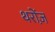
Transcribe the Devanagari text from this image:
थरोंज़